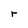
Character: r